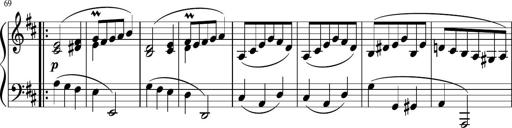
Title: 12 Keyboard Sonatinas
Composer: James Hook